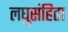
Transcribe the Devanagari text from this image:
लघुसंहिता